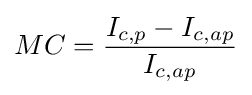
MC={\frac {I_{c,p}-I_{c,ap}}{I_{c,ap}}}